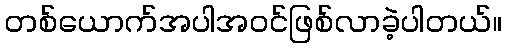
တစ်ယောက်အပါအဝင်ဖြစ်လာခဲ့ပါတယ်။